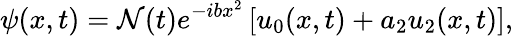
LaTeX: \psi(x,t)={\cal N}(t)e^{-ibx^{2}}\left[u_{0}(x,t)+a_{2}u_{2}(x,t)\right],